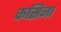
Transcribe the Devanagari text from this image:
कसिना